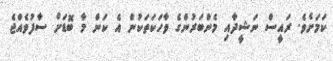
ކަމަށެވެ. ރައީސް ނަޝީދާއި މެންބަރުންގެ ވާހަކަތަކުން އެ ކަން މާ ބޮޑަށް ސާފުވެއްޖެ